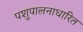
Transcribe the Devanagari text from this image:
पशुपालनाधारित